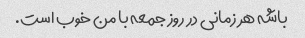
باشه هر زمانی در روز جمعه با من خوب است.